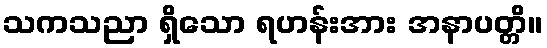
သကသညာ ရှိသော ရဟန်းအား အနာပတ္တိ။